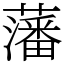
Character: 藩